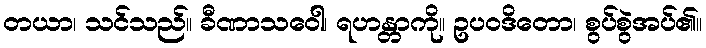
တယာ၊ သင်သည်။ ခီဏာသဝေါ၊ ရဟန္တာကို။ ဥပဝဒိတော၊ စွပ်စွဲအပ်၏။